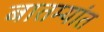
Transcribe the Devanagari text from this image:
बातम्‍यांत